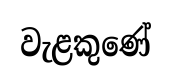
වැළකුණේ